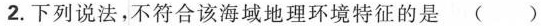
2.下列说法，不符合该海域地理环境特征的是()